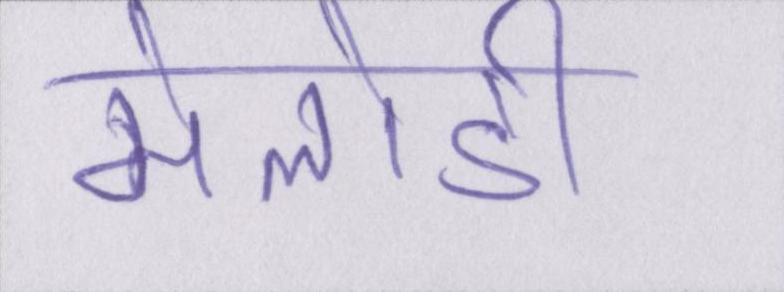
मेलोडी